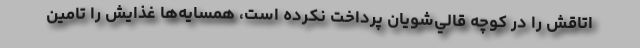
اتاقش را در كوچه قالي‌شويان پرداخت نكرده است، همسايه‌ها غذايش را تامين